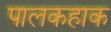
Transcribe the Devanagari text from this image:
पालकहाक